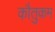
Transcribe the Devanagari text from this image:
कौतुकम